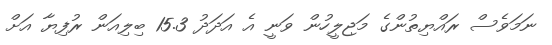
ނަމަވެސް ރައްޔިތުންގެ މަޖިލީހުން ވަނީ އެ އަދަދު 15.3 ބިލިއަން ރުފިޔާ އަށް